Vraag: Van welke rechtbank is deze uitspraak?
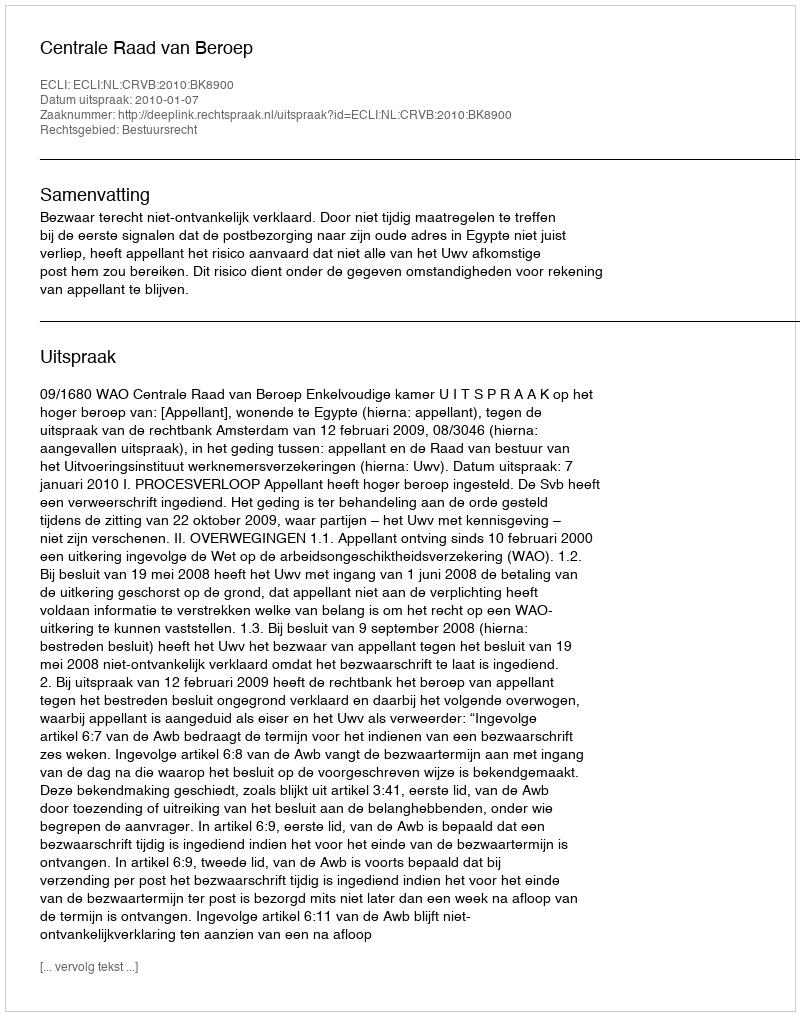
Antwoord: Centrale Raad van Beroep